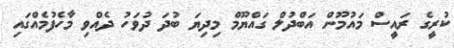
ކުރީގެ ރައީސް މައުމޫން އަބްދުލް ގައްޔޫމް މިދިޔަ ބުދަަ ދުވަހު ދެއްވި މާހެފުމެއްގައި